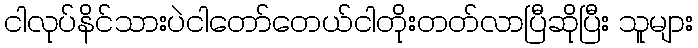
ငါလုပ်နိင်သားပဲငါတော်တေယ်ငါတိုးတတ်လာပြီဆိုပြီး သူများ